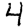
Digit: 4